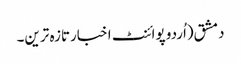
دمشق(اُردو پوائنٹ اخبارتازہ ترین۔